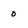
Character: 0